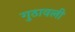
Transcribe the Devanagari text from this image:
गुठावली